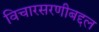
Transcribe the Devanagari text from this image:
विचारसरणीबद्दल